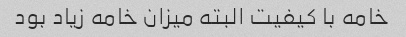
خامه با کیفیت البته میزان خامه زیاد بود